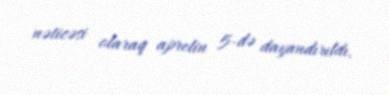
nəticəsi olaraq aprelin 5-də dayandırıldı.